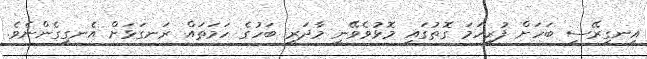
އިނގިރޭސި ބަހަށް ފުރިހަމަ ގޮތުގައި މޮޅުވެވޭނީ މާދަރީ ބަހުގެ ހަމަތައް ރަނގަޅަށް އެނގިގެންނެވެ.